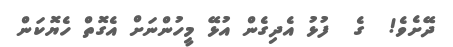
ދޭށެވެ!  ގެ  ފުޅު އެދިގެން އުޅޭ މީހުންނަށް އެގޮތް ހެޔޮކަން